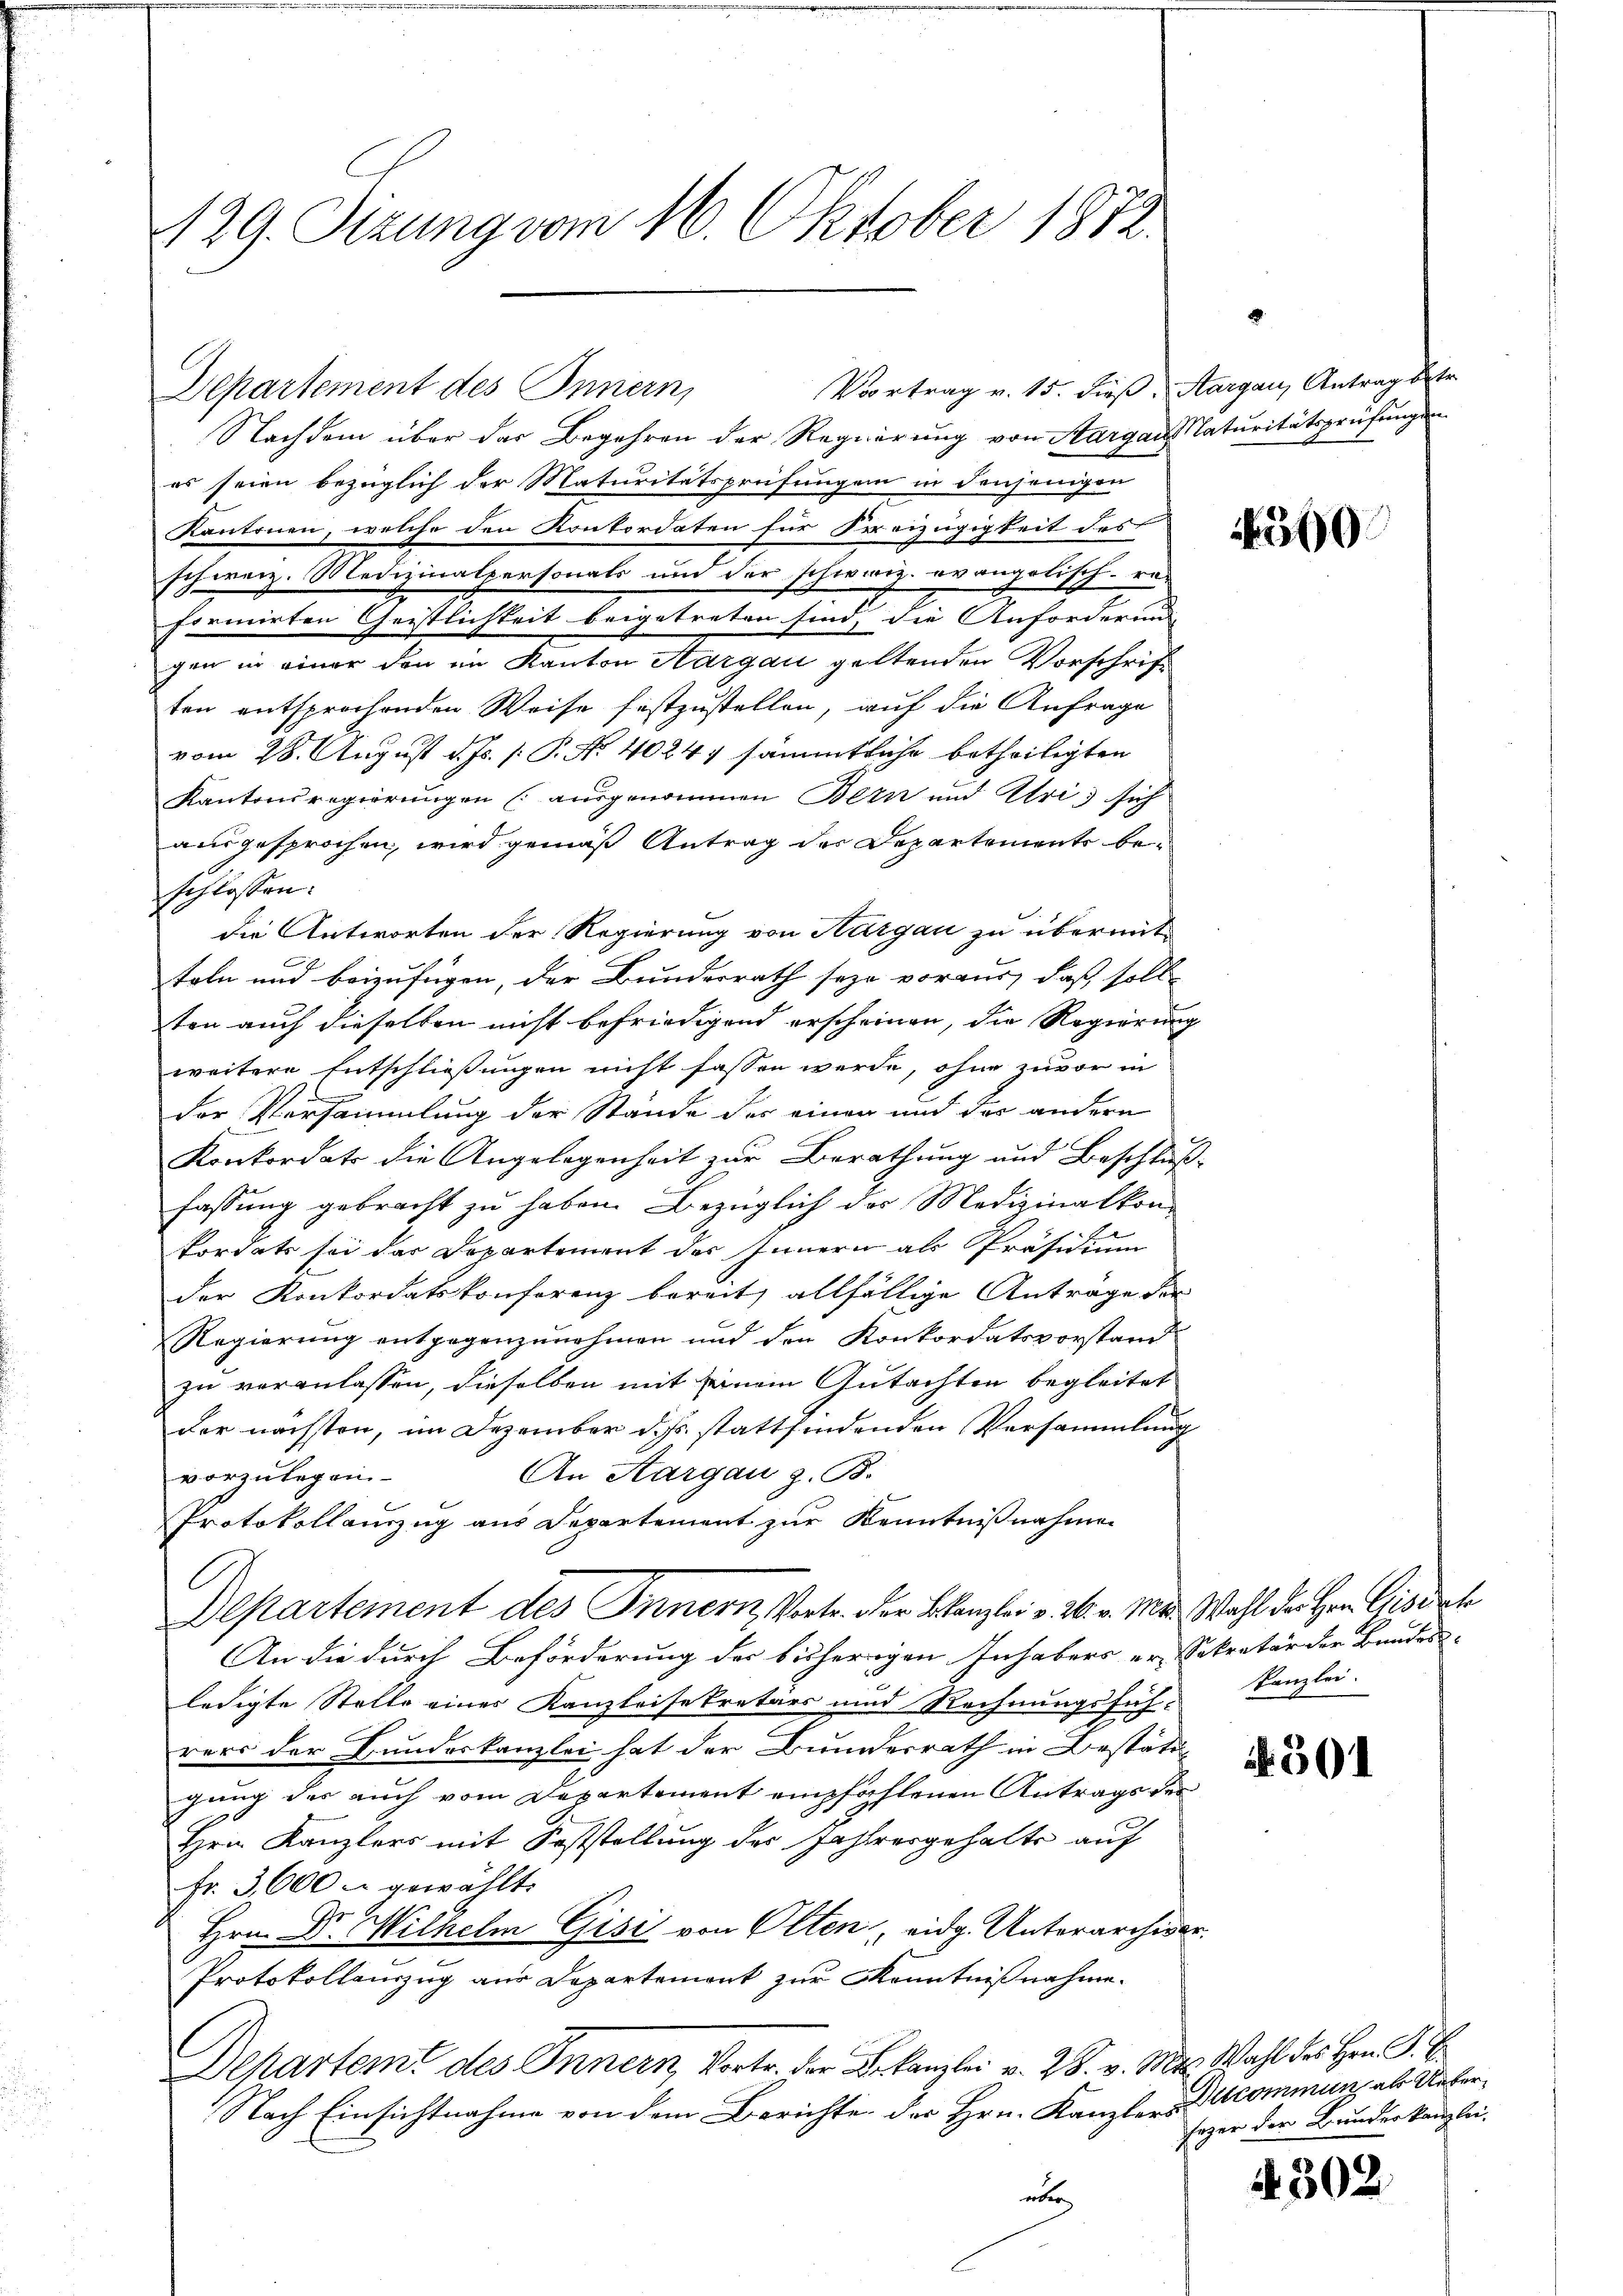
129. Sizung vom 16. Oktober 1872.

Vortrag v. 15. dieß, Aargau, Antrag betr
Departement des Innern,

Nachdem über das Begehren der Regierung von Aargau Maturitätsprüfungen
es seien bezüglich der Maturitätsprüfungen in denjenigen
Kantonen, welche den Konkordaten für Freizügigkeit des
schweiz. Medizinalpersonals und der schweiz. evangolisch-ra-
formirten Geistlichkeit beigetreten sind, die Anforderung
gen in einer den im Kanton Aargau geltenden Vorschrift
ten entsprochenden Weise festzustellen, auf die Anfrage
vom 28. August d. Js. p. P. No. 40247 sämmtliche betheiligten
Kantonsregierŭngen (ausgenommen Bern und Uri sich
ausgesprochen, wird gemäß Antrag der Departement beschlossen.
die Antworten der Regierung von Hargau zu übermitteln und beizufügen, der Bundesrath seye voraus, daß soll
ten auch dieselben nicht befriedigend erscheinen, die Regierung
weitere Entschließungen nicht fassen werde, ohne zuvor in
der Versammlung der Stände der einen und das andern
Konkordats die Angelegenheit zur Berathung und Beschlußfassung gebracht zu haben. Bezüglich des Medizinalkonkordats sei das Departement des Innern als Präsidium
der Konkordatskonferenz bereits allfällige Anträge der
Regierung entgegenzunehmen und den Konkordatsvorstand
zu veranlassen, dieselben mit seinem Gutachten begleitet
der nächsten, im Dezember d. Js. stattfindenden Versammlung
An Aargau z. B.
vorzulegen.
Protokollanzug aus Departement zur Kenntnißnahmen
l
Departement des Innern, Vertr. der Blanzlei v. 26. v. Mar. Wahl der Hrn. Gisisch
An die durch Beförderung der bisherigen Inhabers er-Sekretär der Bundes-
ledigte Stelle einer Kanzleisekretärs und Rechnungsfüh- Kanzlei-
rers der Bundeskanzlei hat der Bundesrath in Bestätigung des auch vom Departement empfahlenen Antrags der
Hrn. Kanzlers mit Feststellung des Jahlrergehalte auf
fr. 3,600 u gewählt:
Hrn. Dr. Wilhelm Gisi von Olten, eidg. Unterarchivar.
Protokollenzug aus Departement zur Kenntnißnahme.
Departeme des Innern, Vort.   . . v. M. Wahl des Hrn.
Nach Einsichtnahme von dem Berichte der Hrn. Kanzlers commun, als Ueberüber

560.

501

sezer der Bundeskanzlei-

4302.